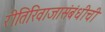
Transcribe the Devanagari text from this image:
रीतिरिवाजासंबंधीची